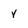
Character: v